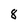
Character: 8